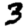
Digit: 3